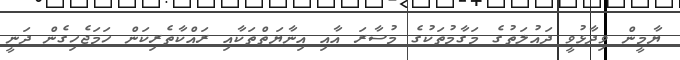
ޔާމީން ވިދާޅުވީ ދައުލަތުގެ މަގާމުތަކުގެ މުސާރަ އާއި އިނާޔަތްތަކާއި ރައްކާތެރިކަން ހަމަޖެހިގެން ދަނީ